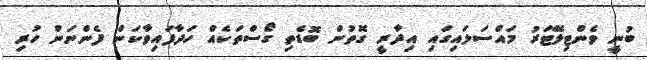
ބުނީ ވެންޓިލޭޓަރު މައްސަލައިގައި އިދާރީ ގޮތުން ބޮޑެތި ގޯސްތަކެއް ހަދާފައިވާކަން ފެންނަން ހުރި